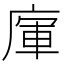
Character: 𢉦